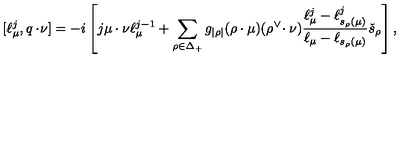
[ \ell _ { \mu } ^ { j } , q \cdot \! \nu ] = - i \left[ j \mu \cdot \nu \ell _ { \mu } ^ { j - 1 } + \sum _ { \rho \in \Delta _ { + } } g _ { | \rho | } ( \rho \cdot \mu ) ( \rho ^ { \vee } \! \cdot \nu ) \frac { \ell _ { \mu } ^ { j } - \ell _ { s _ { \rho } ( \mu ) } ^ { j } } { \ell _ { \mu } - \ell _ { s _ { \rho } ( \mu ) } } \check { s } _ { \rho } \right] ,